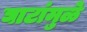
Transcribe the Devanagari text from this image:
घाटांमुळे